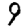
Digit: 9